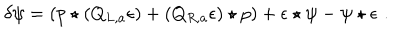
\delta \psi = ( p \star ( Q _ { L , a } \epsilon ) + ( Q _ { R , a } \epsilon ) \star p ) + \epsilon \star \psi - \psi \star \epsilon \, \, .